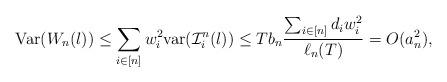
LaTeX: \begin{align*}\mathrm{Var}(W_n(l))\leq \sum_{i\in [n]} w_i^2 \mathrm{var}(\mathcal{I}_i^n(l))\leq Tb_n\frac{\sum_{i\in [n]}d_iw_i^2}{\ell_n(T)} =O(a_n^2),\end{align*}